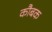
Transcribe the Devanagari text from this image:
कौबक